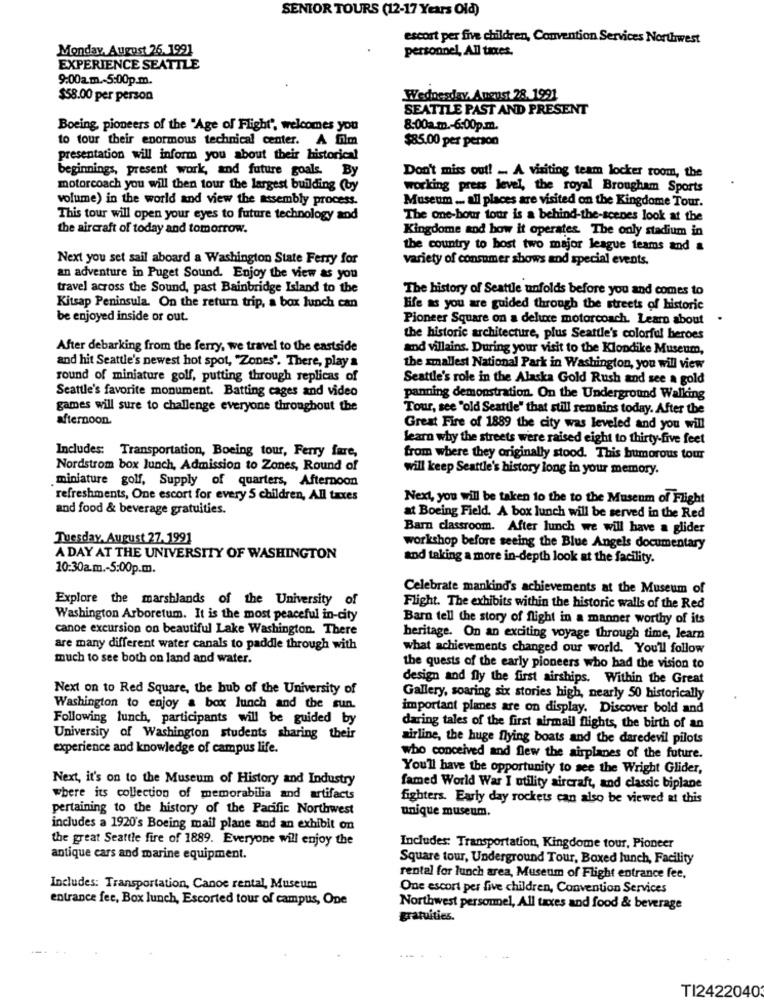
SENIOR TOURS (12-17 Years Old)
escort per five children, Convention Services Northwest
Monday, August 26. 1991
personnel, All taxes.
EXPERIENCE SEATTLE
9:00a.m .- 5:00p.m.
$58.00 per person
Wednesday, A neust 28. 1991
SEATTLE PAST AND PRESENT
Boeing, pioneers of the "Age of Flight", welcomes you
8:00a.m .- 6:00p.m.
to tour their enormous technical center. A film
$85.00 per person
presentation will inform you about their historical
beginnings, present work, and future goals. By
Don't miss out! _. A visiting team locker room, the
motorcoach you will then tour the largest building (by
working press level, the royal Brougham Sports
volume) in the world and view the assembly process.
Museum .. all places are visited on the Kingdome Tour.
This tour will open your eyes to future technology and
The one-how tour is a behind-the-scenes look at the
the aircraft of today and tomorrow.
Kingdome and how it operates. The only stadium in
the country to host two major league teams and &
Next you set sail aboard a Washington State Ferry for
variety of consumer shows and special events.
an adventure in Puget Sound. Enjoy the view as you
travel across the Sound, past Bainbridge Island to the
The history of Seattle unfolds before you and comes to
Kitsap Peninsula. On the return trip, a box lunch can
life as you are guided through the streets of historic
be enjoyed inside or out.
Pioneer Square on a deluxe motorcoach. Learn about
the historic architecture, plus Seattle's colorful heroes
After debarking from the ferry, we travel to the eastside
and villains. During your visit to the Klondike Museum,
and hit Seattle's newest hot spot, "Zones'. There, play a
the smallest National Park in Washington, you will view
round of miniature golf, putting through replicas of
Seattle's role in the Alaska Gold Rush and see a gold
Seattle's favorite monument. Batting cages and video
panning demonstration. On the Underground Walking
games will sure to challenge everyone throughout the
Tour, see "old Seattle" that still remains today. After the
afternoon.
Great Fire of 1889 the city was leveled and you will
learn why the streets were raised eight to thirty-five feet
Includes: Transportation, Boeing tour, Ferry fare,
from where they originally stood. This humorous tour
Nordstrom box lunch, Admission to Zones, Round of
will keep Seattle's history long in your memory.
miniature golf, Supply of quarters, Afternoon
refreshments, One escort for every 5 children, All taxes
Next, you will be taken to the to the Museum of Flight
and food & beverage gratuities.
at Boeing Field. A box lunch will be served in the Red
Barn classroom. After lunch we will have a glider
Tuesday, August 27.1991
workshop before seeing the Blue Angels documentary
A DAY AT THE UNIVERSITY OF WASHINGTON
and taking a more in-depth look at the facility.
10:30a.m .- 5:00p.m.
Celebrate mankind's achievements at the Museum of
Explore the marshlands of the University of
Flight. The exhibits within the historic walls of the Red
Washington Arboretum. It is the most peaceful in-city
Barn tell the story of flight in a manner worthy of its
canoe excursion on beautiful Lake Washington. There
heritage. On an exciting voyage through time, learn
are many different water canals to paddle through with
what achievements changed our world. You'll follow
much to see both on land and water.
the quests of the early pioneers who had the vision to
design and fly the first airships. Within the Great
Next on to Red Square, the hub of the University of
Gallery, soaring six stories high, nearly 50 historically
Washington to enjoy a box lunch and the sun.
important planes are on display. Discover bold and
Following lunch, participants will be guided by
daring tales of the first airmail flights, the birth of an
University of Washington students sharing their
airline, the huge flying boats and the daredevil pilots
experience and knowledge of campus life.
who conceived and flew the airplanes of the future.
You'll have the opportunity to see the Wright Glider,
Next, it's on to the Museum of History and Industry
famed World War I utility aircraft, and classic biplane
wbere its collection of memorabilia and artifacts
fighters. Early day rockets can also be viewed at this
pertaining to the history of the Pacific Northwest
unique museum.
includes a 1920's Boeing mail plane and an exhibit on
the great Seattle fire of 1889. Everyone will enjoy the
Includes: Transportation, Kingdome tour, Pioneer
antique cars and marine equipment.
Square tour, Underground Tour, Boxed lunch, Facility
rental for lunch area, Museum of Flight entrance fee,
Includes: Transportation, Canoe rental, Museum
One escort per five children, Convention Services
entrance fee, Box lunch, Escorted tour of campus, Ope
Northwest personmel, All taxes and food & beverage
gratuities.
TI2422040